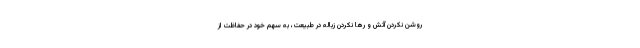
روشن نکردن آتش و رها نکردن زباله در طبیعت، به سهم خود در حفاظت از